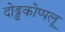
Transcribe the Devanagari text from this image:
दोड्डकोप्पलू